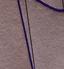
Signature authenticity: genuine